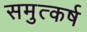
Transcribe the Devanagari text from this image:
समुत्कर्ष